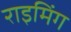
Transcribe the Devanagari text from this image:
राइमिंग